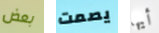
بعض يصمت أيها